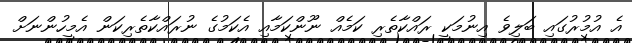
އެ އުމުރުގައި ބަލިވެ އިނުމަކީ ރައްކާތެރި ކަމެއް ނޫންކަމާއި އެކަމުގެ ނުރައްކާތެރިކަން އެމީހުންނަށް